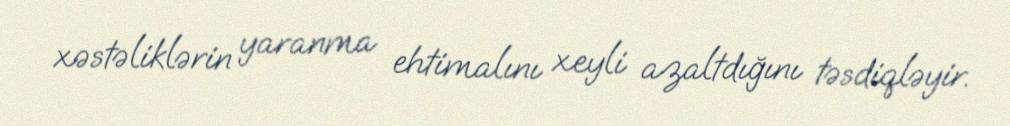
xəstəliklərin yaranma ehtimalını xeyli azaltdığını təsdiqləyir.